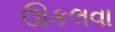
ઊકલવા